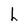
Character: h